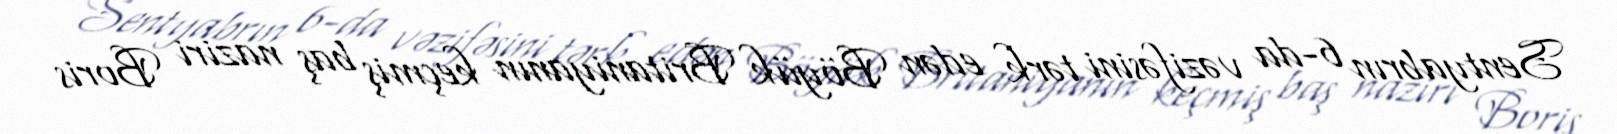
Sentyabrın 6-da vəzifəsini tərk edən Böyük Britaniyanın keçmiş baş naziri Boris